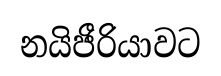
නයිජීරියාවට